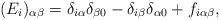
LaTeX: \begin{align*}(E_i)_{\alpha\beta} = \delta_{i\alpha} \delta_{\beta 0} - \delta_{i \beta}\delta_{\alpha 0} + f_{i\alpha\beta} ,\end{align*}